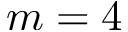
m = 4